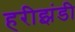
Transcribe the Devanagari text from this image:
हरीझंडी